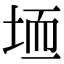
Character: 𫭱